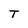
Character: T